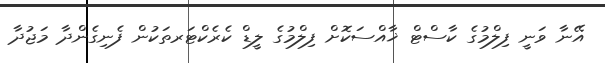
އޭނާ ވަނީ ފިލްމުގެ ކާސްޓް ޚާއްސަކޮށް ފިލްމުގެ ލީޑް ކެރެކްޓަރތަކުން ފެނިގެންދާ މަޖުދާ